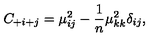
C _ { + i + j } = \mu _ { i j } ^ { 2 } - { \frac { 1 } { n } } \mu _ { k k } ^ { 2 } \delta _ { i j } ,